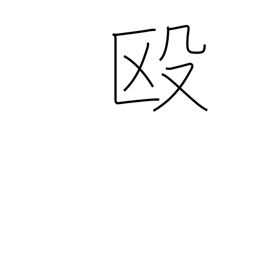
Meaning: beat